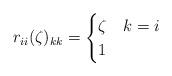
LaTeX: \begin{align*}r_{ii}(\zeta)_{kk}=\begin{cases} \zeta&k=i\\ 1&\end{cases}\end{align*}